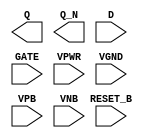
module sky130_fd_sc_ms__dlrbp (
    Q      ,
    Q_N    ,
    RESET_B,
    D      ,
    GATE   ,
    VPWR   ,
    VGND   ,
    VPB    ,
    VNB
);

    output Q      ;
    output Q_N    ;
    input  RESET_B;
    input  D      ;
    input  GATE   ;
    input  VPWR   ;
    input  VGND   ;
    input  VPB    ;
    input  VNB    ;
endmodule